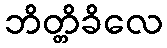
ဘိတ္တိခိလေ